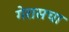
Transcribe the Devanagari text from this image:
गेरासचा